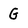
Character: G